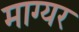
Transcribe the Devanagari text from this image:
माग्यर